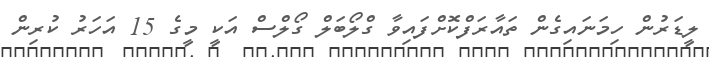
ލީޑަރުން ހިމަނައިގެން ތައާރަފްކޮށްފައިވާ ގްލޯބަލް ގޯލްސް އަކީ މީގެ 15 އަހަރު ކުރިން